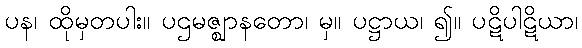
ပန၊ ထိုမှတပါး။ ပဌမဇ္ဈာနတော၊ မှ။ ပဋ္ဌာယ၊ ၍။ ပဋိပါဋိယာ၊